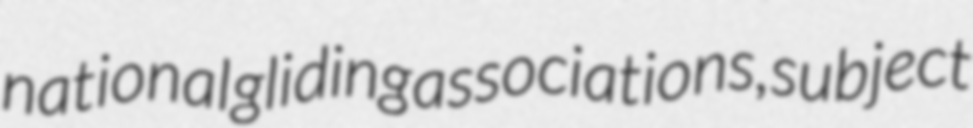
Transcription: national gliding associations, subject